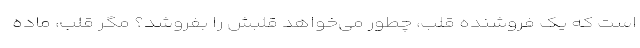
است که یک فروشنده قلب، چطور می‌خواهد قلبش را بفروشد؟ مگر قلب، ماده